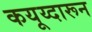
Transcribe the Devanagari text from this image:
कयूय्दारून